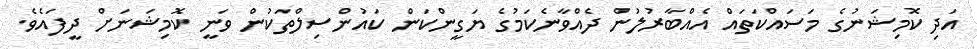
އަދި ކޮމިޝަނުގެ މަސައްކަތައް އެއްބާރުލުން ދެއްވާނެކަމުގެ ޔަގީންކަން ކައުންސިލްތަކުން ވަނީ ކޮމިޝަނަށް ދީފައެވެ.